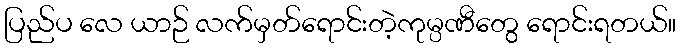
ပြည်ပ လေ ယာဉ် လက်မှတ်ရောင်းတဲ့ကုမ္ပဏီတွေ ရောင်းရတယ်။